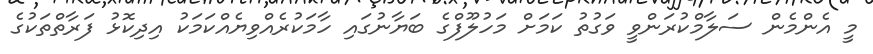
މީ އެންމެން ސަލާމްކުރަންވީ ވަގުތު ކަމަށް މަހުލޫފްގެ ބަޔާނުގައި ހާމަކުރެއްވިޔެއްކަމަކު އިދިކޮޅު ފަރާތްތަކުގެ